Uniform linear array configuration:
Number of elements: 24
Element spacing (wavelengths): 0.25
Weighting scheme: blackman
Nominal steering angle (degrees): -60
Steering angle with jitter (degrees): -60.127
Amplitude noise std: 0.05
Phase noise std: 0.05

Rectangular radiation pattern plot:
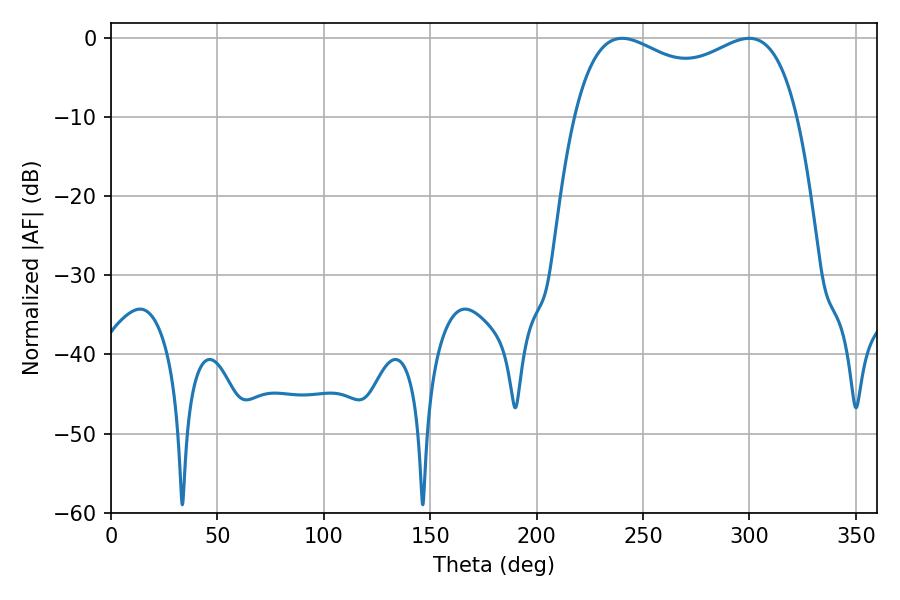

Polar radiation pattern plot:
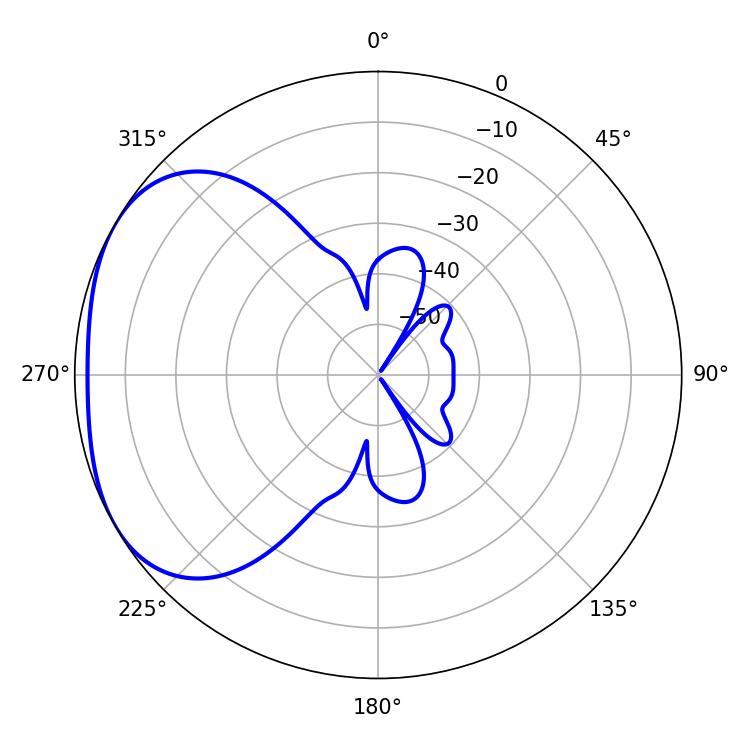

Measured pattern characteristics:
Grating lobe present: FALSE
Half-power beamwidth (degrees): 87.12
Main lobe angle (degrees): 240.12